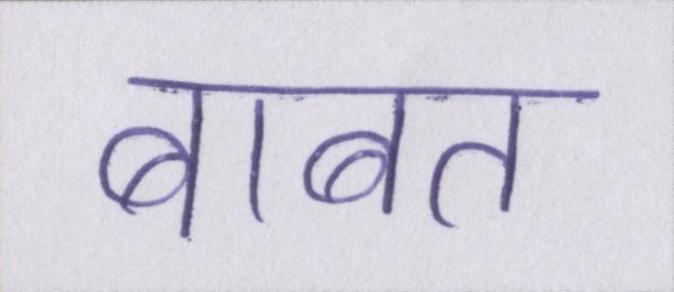
बाबत